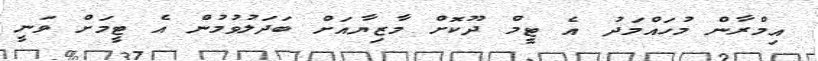
އިމްރާން މުހައްމަދު އެ ޓީމް ދޫކޮށް މާޒިޔާއަށް ބަދަލުވުމުން އެ ޓީމަށް ވަނީ